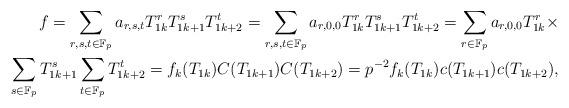
LaTeX: \begin{align*}f=\sum_{r,s,t\in {\mathbb F}_p}a_{r,s,t}T_{1k}^rT_{1k+1}^sT_{1k+2}^t=\sum_{r,s,t\in {\mathbb F}_p}a_{r,0,0}T_{1k}^rT_{1k+1}^sT_{1k+2}^t=\sum_{r\in {\mathbb F}_p}a_{r,0,0}T_{1k}^r\times\\\sum_{s\in {\mathbb F}_p}T_{1k+1}^s\sum_{t\in {\mathbb F}_p}T_{1k+2}^t=f_k(T_{1k})C(T_{1k+1})C(T_{1k+2})=p^{-2}f_k(T_{1k})c(T_{1k+1})c(T_{1k+2}),\end{align*}